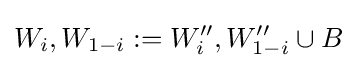
W_{i},W_{1-i}:=W_{i}'',W_{1-i}''\cup B